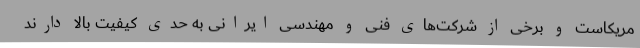
مریکاست و برخی از شرکت‌های فنی و مهندسی ایرانی به حدی کیفیت بالا دارند